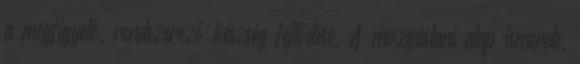
a megfigyelő, rendszerező készség fejlődése. A mozgástani alap ismerete,